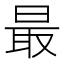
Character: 最